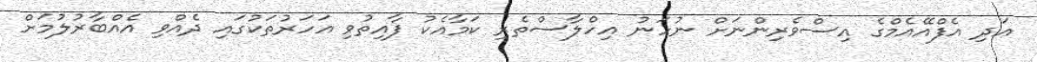
އަދި އެފްއޭއެމްގެ އިސްވެރިންނަށް ނުހަނު އިހްލާސްތެރި ކަމާއެކު ފާއިތުވި އަހަރުތަކުގައި ދެއްވި އެއްބާރުލުމަށް